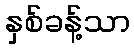
နှစ်ခန့်သာ